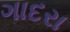
ગાદરા